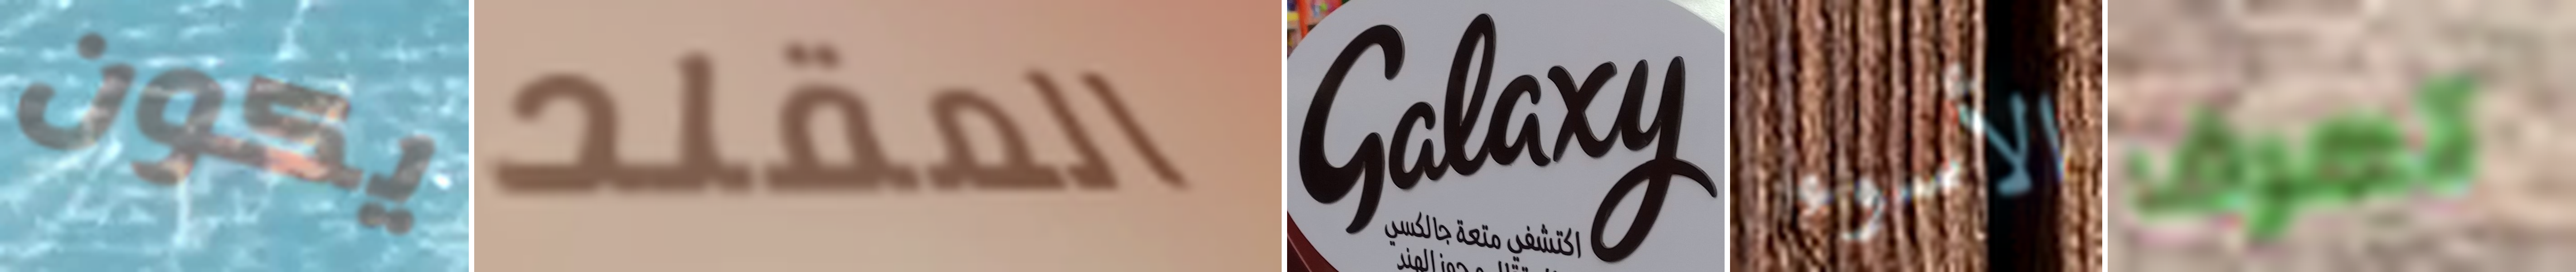
يكون المقلد Galaxy الأسوء تعرف